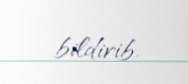
bildirib.